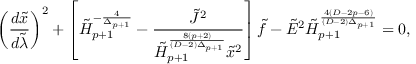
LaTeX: \left( { \frac { d \tilde { x } } { d \tilde { \lambda } } } \right) ^ { 2 } + \left[ \tilde { H } _ { p + 1 } ^ { - { \frac { 4 } { \Delta _ { p + 1 } } } } - { \frac { \tilde { \cal J } ^ { 2 } } { \tilde { H } _ { p + 1 } ^ { \frac { 8 ( p + 2 ) } { ( D - 2 ) \Delta _ { p + 1 } } } \tilde { x } ^ { 2 } } } \right] \tilde { f } - \tilde { E } ^ { 2 } \tilde { H } _ { p + 1 } ^ { \frac { 4 ( D - 2 p - 6 ) } { ( D - 2 ) \Delta _ { p + 1 } } } = 0 ,